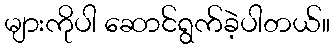
များကိုပါ ဆောင်ရွက်ခဲ့ပါတယ်။